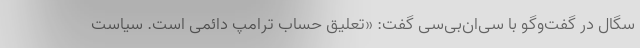
سگال در گفت‌وگو با سی‌ان‌بی‌سی گفت: «تعلیق حساب ترامپ دائمی است. سیاست